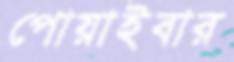
পোয়াইবার